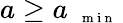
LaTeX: a\ge a_{\mathrm{~{~\scriptsize~m~i~n~}~}}